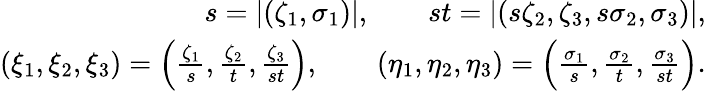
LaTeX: \begin{array}{r}{s=|(\zeta_{1},\sigma_{1})|,\qquad st=|(s\zeta_{2},\zeta_{3},s\sigma_{2},\sigma_{3})|,}\\ {(\xi_{1},\xi_{2},\xi_{3})=\Big(\frac{\zeta_{1}}{s},\frac{\zeta_{2}}{t},\frac{\zeta_{3}}{st}\Big),\qquad(\eta_{1},\eta_{2},\eta_{3})=\Big(\frac{\sigma_{1}}{s},\frac{\sigma_{2}}{t},\frac{\sigma_{3}}{st}\Big).}\end{array}